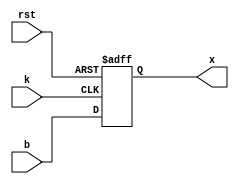
module clb_ch(
	input b,
	input k,
	input rst,
	output x
);

	wire f;
	reg q;
	
	assign f = b;
	
	always @(posedge k, negedge rst) begin
		if (rst == 1'b0) begin
			q <= 1'b0;
		end else begin
			q <= f;
		end
	end
	
	assign x = q;

endmodule